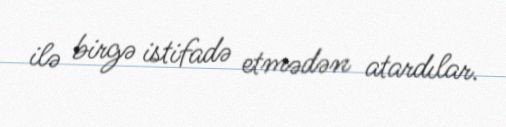
ilə birgə istifadə etmədən atardılar.